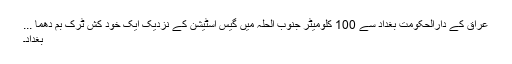
عراق کے دارالحکومت بغداد سے 100 کلومیٹر جنوب الحلہ میں گیس اسٹیشن کے نزدیک ایک خود کش ٹرک بم دھما ...
بغداد۔